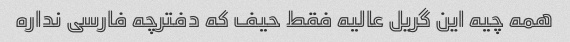
همه چیه این گریل عالیه فقط حیف که دفترچه فارسی نداره